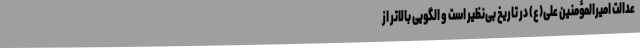
عدالت امیرالمؤمنین علی(ع) در تاریخ بی‌نظیر است و الگویی بالاتر از